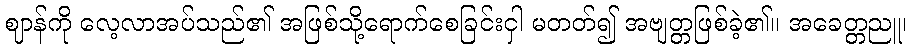
ဈာန်ကို လေ့လာအပ်သည်၏ အဖြစ်သို့ရောက်စေခြင်းငှါ မတတ်၍ အဗျတ္တဖြစ်ခဲ့၏။ အခေတ္တညူ၊